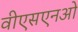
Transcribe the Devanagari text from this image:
वीएसएनओ